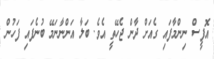
އޮފީސް ނިންމާފައި ގެއަށް ދާން ޖެހޭތީ އެވެ. ބަލާ އަންނާނަމޭ ބުނެފައި ފަހުން